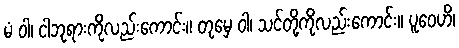
မံ ဝါ၊ ငါဘုရားကိုလည်းကောင်း။ တုမှေ ဝါ၊ သင်တို့ကိုလည်းကောင်း။ ပူဝေဟိ၊